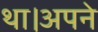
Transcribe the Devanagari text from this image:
था।अपने